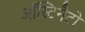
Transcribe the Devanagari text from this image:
ऑस्टिनैटो